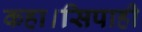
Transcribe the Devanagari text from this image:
कहा।सिपाही